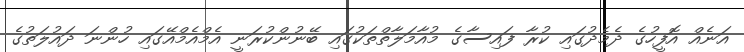
އަނެއް އޮފީހުގެ ދެމެދުގައި ކުރާ ފައިސާގެ މުއާމަލާތްތަކުގައި ބޭނުންކުރަނީ އެމްއެމްއޭގައި ހުންނަ ދައުލަތުގެ